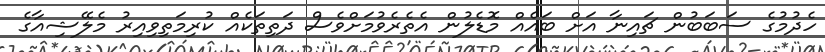
ހެދުމުގެ ސަބަބުން ޗައިނާ އަށް ބައެއް މޮޑެލުން އެތެރެވުމަށްވެސް ދަތިތަކެއް ކުރިމަތިވިއިރު މެލޭޝިއާގެ